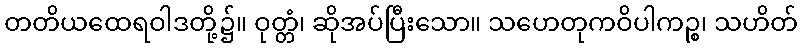
တတိယထေရဝါဒတို့၌။ ဝုတ္တံ၊ ဆိုအပ်ပြီးသော။ သဟေတုကဝိပါကဉ္စ၊ သဟိတ်